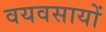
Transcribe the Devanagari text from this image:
वयवसायों